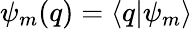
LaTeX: \psi_{m}(q)=\langle q|\psi_{m}\rangle